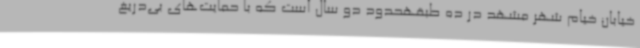
خیابان خیام شهر مشهد در ده طبقهحدود دو سال است که با حمایت‌های بی‌دریغ